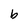
Character: b